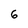
Character: 6